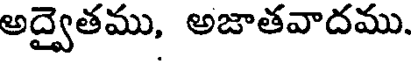
అద్వైతము, అజాతవాదము.